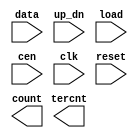
////////////////////////////////////////////////////////////////////////////////
//
//       This confidential and proprietary software may be used only
//     as authorized by a licensing agreement from Synopsys Inc.
//     In the event of publication, the following notice is applicable:
//
//                    (C) COPYRIGHT 1994 - 2018 SYNOPSYS INC.
//                           ALL RIGHTS RESERVED
//
//       The entire notice above must be reproduced on all authorized
//     copies.
//
//
// VERSION:   Simulation Architecture
//
// DesignWare_version: d49c3cd7
// DesignWare_release: O-2018.06-DWBB_201806.3
//
////////////////////////////////////////////////////////////////////////////////
//-----------------------------------------------------------------------------------
//
// ABSTRACT:  Up/Down Counter
//           parameterizable wordlength (width > 0)
//	     clk	- positive edge-triggering clock
//           reset	- asynchronous reset (active low)
//           data	- data load input
//	     cen	- counter enable
//	     count	- counter state
//
//            changed dw03 to DW03
//            remove $generic
//            defined paramter = 8
//
//		RJK		June 19, 1997
//		Corrected faulty tercnt detection mechanism
//          
//            Rong 	Sep. 1999
// 	      Add x-handling
//
//		RJK		May 17, 2000
//		Updated to latest coding style to avoid blocking vs.
//		nonblocking assignment problems (STAR 103980)
//-------------------------------------------------------------------------------

module DW03_updn_ctr (
		    // input ports
		    data,	// data used for load operation
		    up_dn,	// up/down control input (0=down, 1-up)
		    load,	// load operation control input (active low)
		    cen,	// count enable control input (active high enable)
		    clk,	// clock input
		    reset,	// asynchronous reset input (active low)

		    // output ports
		    count,	// count value output
		    tercnt	// terminal count output flag (active high)
		    );

parameter integer width = 8; 

// port list declaration in order
input  [width-1 : 0]	data;
input 			up_dn, load, cen, clk, reset;
output [width-1 : 0]	count;  
output 		 	tercnt;

// synopsys translate_off

reg  [width-1 : 0]	cur_state;
wire [width-1 : 0]	next_state;
   
    assign  count  =  cur_state;

   
    always @ (posedge clk or negedge reset) begin : P_clk_registers_PROC

	if (reset === 1'b0)
	    cur_state <= {width{1'b0}};
	
	else begin

	    if (reset === 1'b1)
		cur_state <= next_state;
	    
	    else
		cur_state <= {width{reset ^ reset}};

	end
    end // P_clk_registers


    assign next_state = (load == 1'b0)? data | {width{1'b0}} :
			    ( (cen == 1'b0)? cur_state :
				( (up_dn == 1'b0)? cur_state + {width{1'b1}} :
						    cur_state - {width{1'b1}} ) );


    assign tercnt = (up_dn == 1'b0)? ( (cur_state == {width{1'b0}})? 1'b1 : 1'b0 ) :
				     ( (cur_state == {width{1'b1}})? 1'b1 : 1'b0 );


    
  initial begin : parameter_check

    
    if ( width < 1  ) begin
      $display(
	"ERROR: %m :\n  Invalid value (%d) for parameter width (lower bound: 1 )",
        width );
      $finish;
    end

  end // parameter_check

    
  always @ (clk) begin : P_monitor_clk 
    if ( (clk !== 1'b0) && (clk !== 1'b1) && ($time > 0) )
      $display( "WARNING: %m :\n  at time = %t, detected unknown value, %b, on clk input.",
                $time, clk );
    end // P_monitor_clk 

// synopsys translate_on

endmodule // DW03_updn_ctr